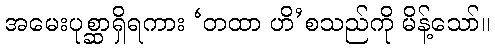
အမေးပုစ္ဆာရှိရကား ‘တထာ ဟိ’စသည်ကို မိန့်သော်။